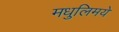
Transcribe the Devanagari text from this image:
मधुलिमये